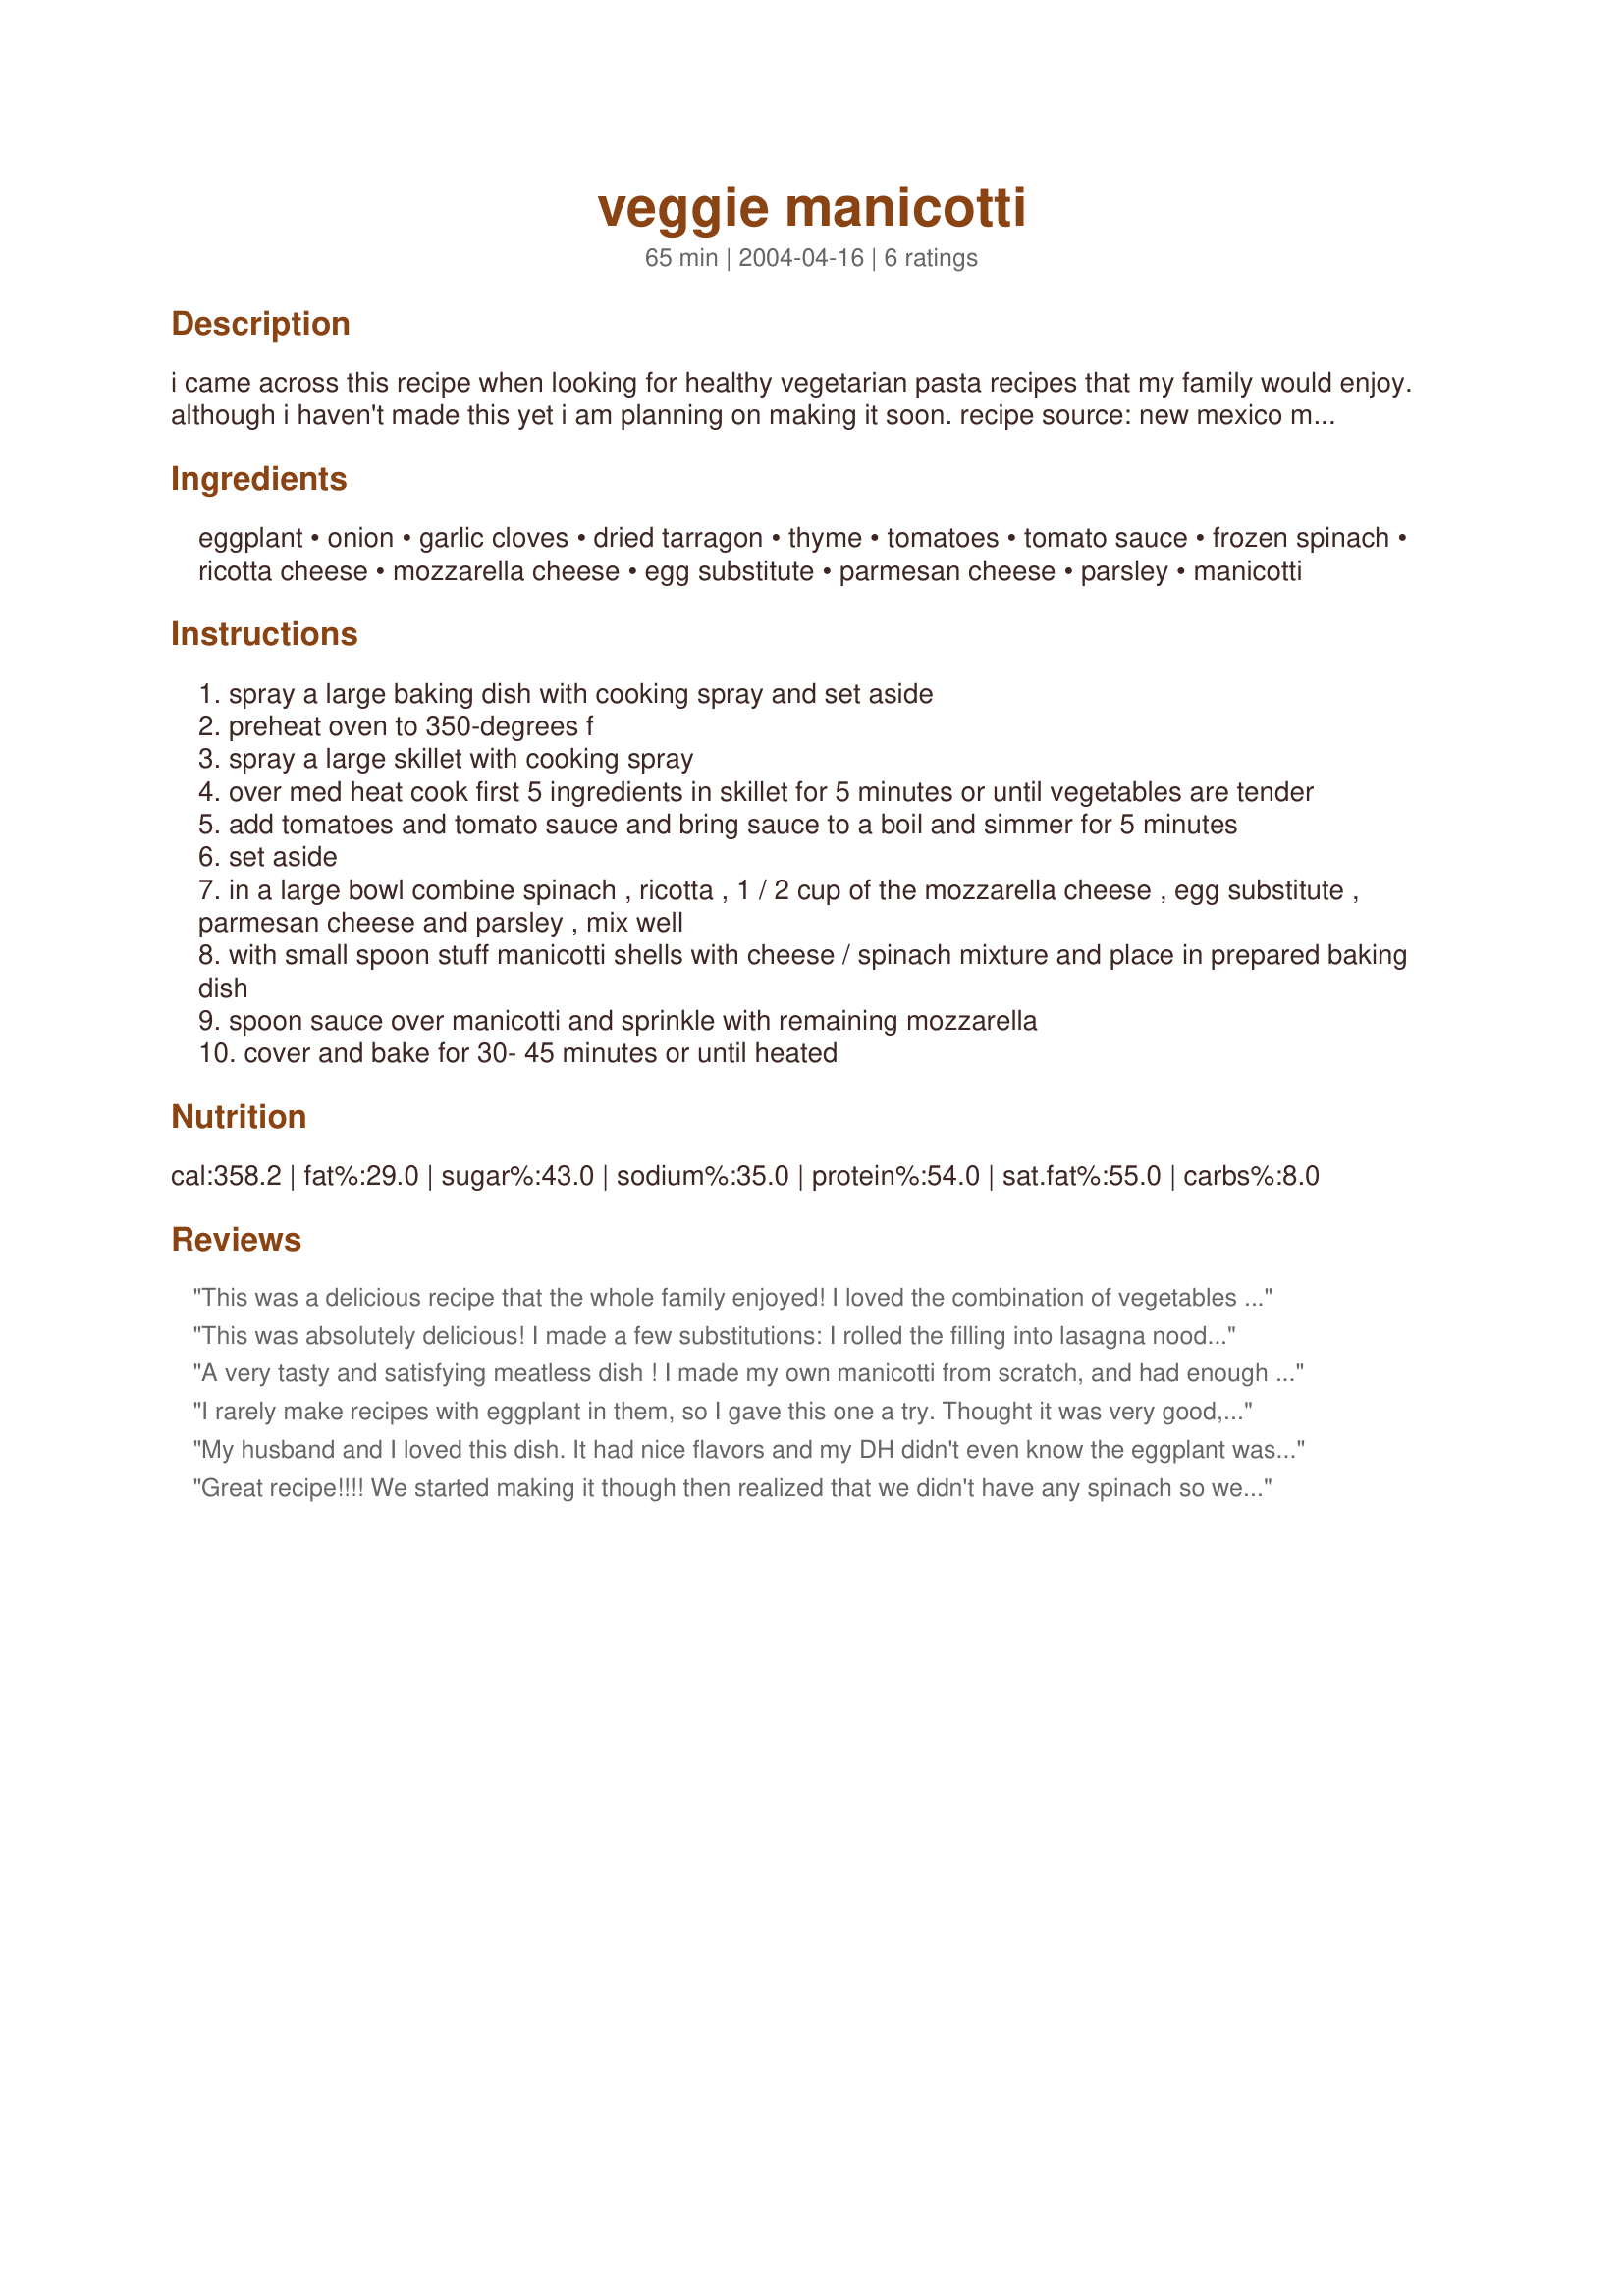
veggie manicotti
Preparation time: 65 minutes

i came across this recipe when looking for healthy vegetarian pasta recipes that my family would enjoy. although i haven't made this yet i am planning on making it soon. recipe source: new mexico magazine (january 2004)

Ingredients:
eggplant, onion, garlic cloves, dried tarragon, thyme, tomatoes, tomato sauce, frozen spinach, ricotta cheese, mozzarella cheese, egg substitute, parmesan cheese, parsley, manicotti

Steps:
spray a large baking dish with cooking spray and set aside
preheat oven to 350-degrees f
spray a large skillet with cooking spray
over med heat cook first 5 ingredients in skillet for 5 minutes or until vegetables are tender
add tomatoes and tomato sauce and bring sauce to a boil and simmer for 5 minutes
set aside
in a large bowl combine spinach , ricotta , 1 / 2 cup of the mozzarella cheese , egg substitute , parmesan cheese and parsley , mix well
with small spoon stuff manicotti shells with cheese / spinach mixture and place in prepared baking dish
spoon sauce over manicotti and sprinkle with remaining mozzarella
cover and bake for 30- 45 minutes or until heated

Reviews:
This was a delicious recipe that the whole family enjoyed! I loved the combination of vegetables and it was so flavorful that nobody missed the meat. I made this for Best of 2010 Tag-thanks for a new favorite!
This was absolutely delicious! I made a few substitutions: I rolled the filling into lasagna noodles as I had some to use up, subbed marjoram for the tarragon, and I subbed a yellow squash for the eggplant as I can't eat the stuff. I admit I was a bit nervous as I put this in the oven; I wondered if the filling needed salt or the sauce needed cheese. No need to worry, though, as it came out just great. Thanks so much for posting a hearty and satisfying veg meal. Made for Veg*n Swap 18.
A very tasty and satisfying meatless dish ! I made my own manicotti from scratch, and had enough filling for eight (and mine are larger than the store-bought shells). Just as Sharon123, I also used 2 eggs instead of the egg substitute. First time I've used tarragon in an Italian sauce, but it adds a very nice flavor. Thanks for posting !
I rarely make recipes with eggplant in them, so I gave this one a try. Thought it was very good, my son and myself usually do not eat vegeratarian recipes, but really enjoyed this. Made for a nice pleasant meal. Made for Best of Cookbook tag 2011.
My husband and I loved this dish. It had nice flavors and my DH didn't even know the eggplant was in there! I used real eggs(2) and used jumbo shells. Thank you!
Great recipe!!!! We started making it though then realized that we didn't have any spinach so we went without. It still ended up excellent.
